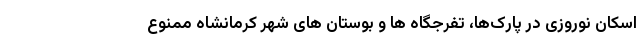
اسکان نوروزی در پارک‌ها، تفرجگاه ها و بوستان های شهر کرمانشاه ممنوع